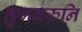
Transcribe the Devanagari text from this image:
तुजवरुनि